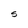
Character: S